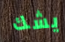
يشك